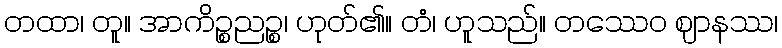
တထာ၊ တူ။ အာကိဉ္စညဉ္စ၊ ဟုတ်၏။ တံ၊ ဟူသည်။ တဿေဝ ဈာနဿ၊